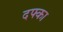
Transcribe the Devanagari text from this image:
दफ्का